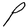
Character: P